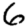
Digit: 6